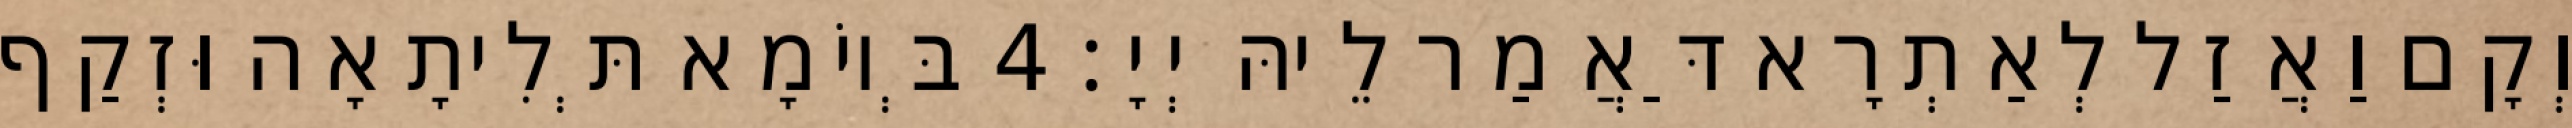
וְקָם וַאֲזַל לְאַתְרָא דַּאֲמַר לֵיהּ יְיָ׃ 4 בְּיוֹמָא תְּלִיתָאָה וּזְקַף